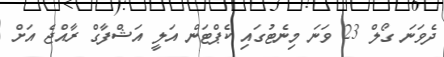
ދެވަނަ ގޯލް 23 ވަނަ މިނެޓުގައި ކެޕްޓަން އަލީ އަޝްފާގް ރާއްޖެ އަށް